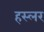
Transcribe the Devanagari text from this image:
हस्‍लर